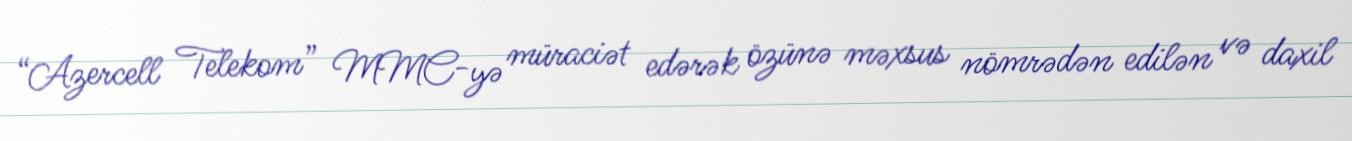
“Azercell Telekom” MMC-yə müraciət edərək özünə məxsus nömrədən edilən və daxil